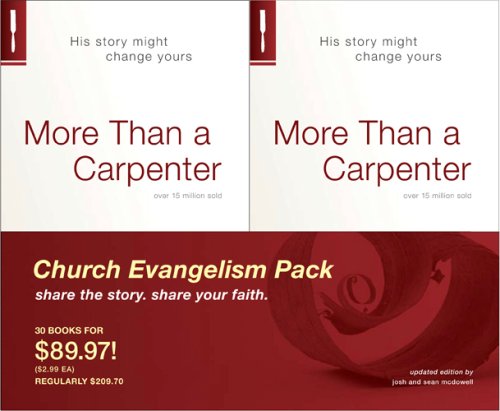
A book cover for More Than a Carpenter Church Evangelism Pack 30-Pack; Josh D. McDowell; Christian Books & Bibles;